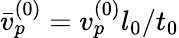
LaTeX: \bar{v}_{p}^{(0)}=v_{p}^{(0)}l_{0}/t_{0}